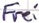
Text: Frei